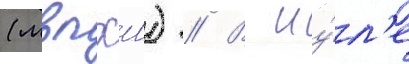
(мвпхш) // В иу́л'е